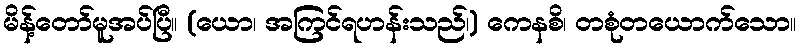
မိန့်တော်မူအပ်ပြီ။ (ယော၊ အကြင်ရဟန်းသည်၊) ကေနစိ၊ တစုံတယောက်သော။